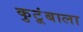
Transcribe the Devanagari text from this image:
कुटूंबाला